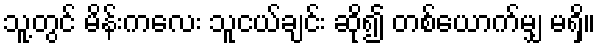
သူ့တွင် မိန်းကလေး သူငယ်ချင်း ဆို၍ တစ်ယောက်မျှ မရှိ။